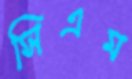
সিএম